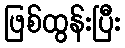
ဖြစ်ထွန်းပြီး